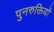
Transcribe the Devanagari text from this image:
पुनरुक्तियों